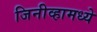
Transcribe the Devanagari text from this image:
जिनीव्हामध्ये